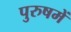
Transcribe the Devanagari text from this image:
पुरुषमें